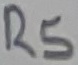
Text: R5